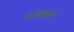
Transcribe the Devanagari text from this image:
पंचयत्न